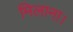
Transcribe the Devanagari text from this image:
मिलाना।